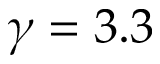
\gamma = 3 . 3